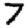
Digit: 7